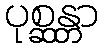
ပုစ္ဆန္တာ